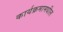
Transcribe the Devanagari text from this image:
कार्यक्रमामधील